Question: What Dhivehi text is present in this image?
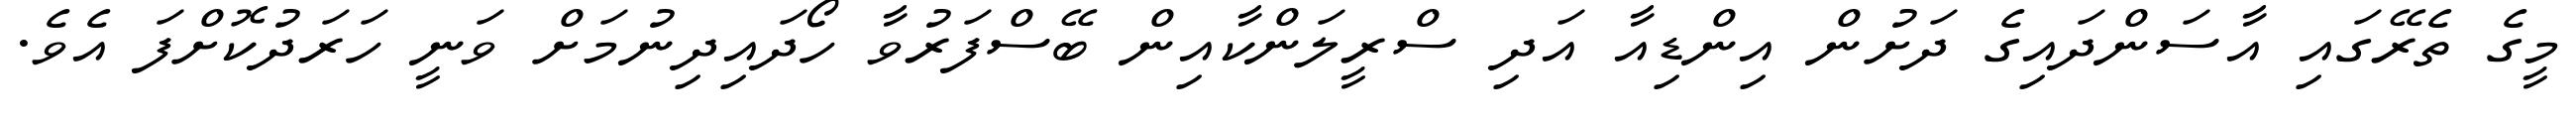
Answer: މީގެ ތެރޭގައި އާސަންދައިގެ ދަށުން އިންޑިއާ އަދި ސްރީލަންކާއިން ބޭސްފަރުވާ ހޯދައިދިނުމަށް ވަނީ ހަރަދުކޮށްފަ އެވެ.